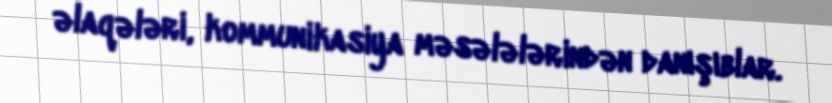
əlaqələri, kommunikasiya məsələlərindən danışıblar.